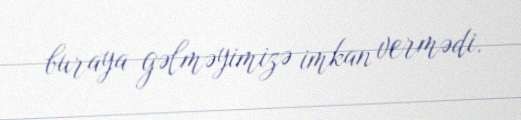
buraya gəlməyimizə imkan vermədi.